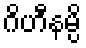
ဂိဟီနမ္ပိ